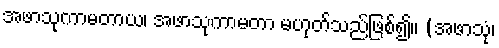
အဖာသုကာမတာယ၊ အဖာသုကာမတာ မဟုတ်သည်ဖြစ်၍။ (အဖာသုံ၊